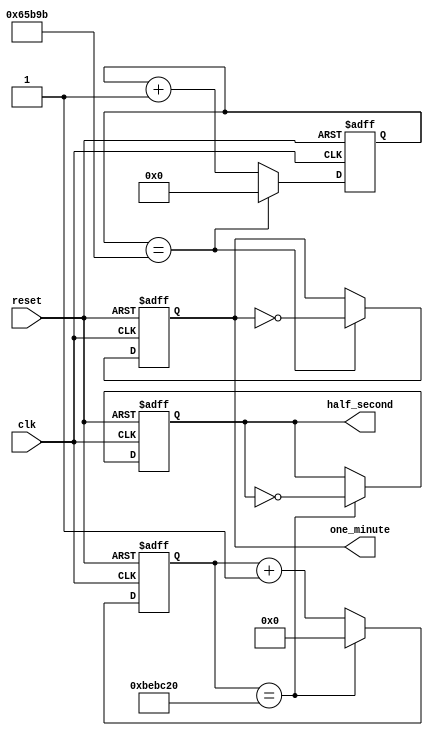
`timescale 1ns / 1ps
//////////////////////////////////////////////////////////////////////////////////
// Company: 
// Engineer: 
// 
// Design Name: 
// Module Name:    pulse_generator 
// Project Name: 
// Target Devices: 
// Tool versions: 
// Description: 
//
// Dependencies: 
//
// Revision: 
// Revision 0.01 - File Created
// Additional Comments: 
//
//////////////////////////////////////////////////////////////////////////////////
module pulse_generator(
	input clk , reset,
	output reg half_second =0,
	output reg one_minute = 0
   );
	
	reg [23:0] count_clock = 0;
	reg [18:0] count_clock_min =0;
	
	always@(posedge clk , negedge reset)
		begin
			if(!reset)
				begin
					half_second = 0;
					count_clock = 0;
				end
			else if(count_clock == 12500000)  // for 50Mhz FPGA Clock (50*10^6*(1/2)(for posedge)*(1/2)(for half second)) = 125*10^5;
				begin
					half_second = ~half_second;
					count_clock = 0;
				end
			else
				begin
					count_clock = count_clock + 1;
					half_second = half_second;
				end
		
		end
		always@(posedge clk , negedge reset)
		begin
			if(!reset)
				begin
					one_minute = 0;
					count_clock_min = 0;
				end
			else if(count_clock_min == 416667)  // for 50Mhz FPGA Clock (50*10^6*(1/2)(for posedge)*(60)(for half second)) = 4166666.6666;
				begin
					one_minute = ~one_minute;
					count_clock_min = 0;
				end
			else
				begin
					count_clock_min = count_clock_min + 1; 
					one_minute = one_minute;
				end
		
		end


endmodule